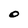
Character: O